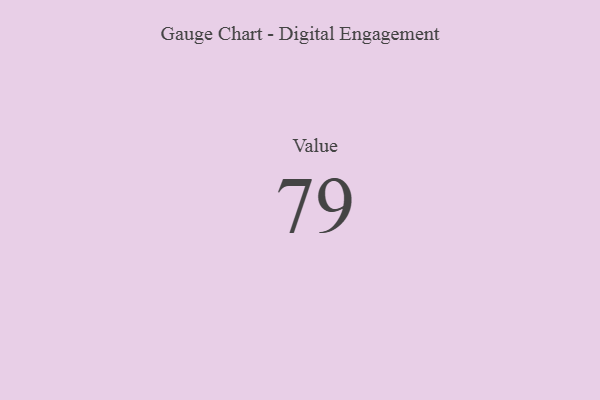
{"axis": {"x": "Metric", "y": "Value"}, "legend": [""], "data": [{"x": "Value", "y": 79, "type": ""}]}